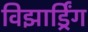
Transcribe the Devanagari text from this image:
विझार्ड्रिंग